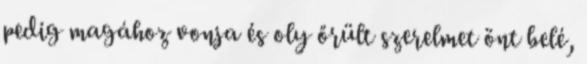
pedig magához vonja és oly őrült szerelmet önt belé,